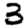
Digit: 3